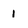
Character: 1